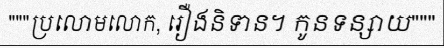
"""ប្រលោមលោក, រឿងនិទាន។ កូនទន្សាយ"""